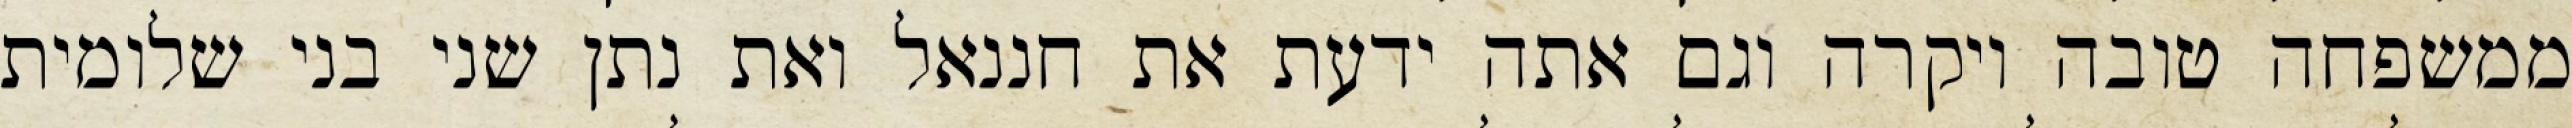
ממשפחה טובה ויקרה וגם אתה ידעת את חננאל ואת נתן שני בני שלומית